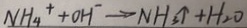
N H _ { 4 } ^ { + } + O H ^ { - } \rightarrow N H _ { 3 } \uparrow + H _ { 2 } O